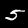
Label: 5